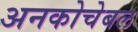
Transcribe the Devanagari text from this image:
अनकोचेबल